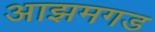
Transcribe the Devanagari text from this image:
आझमगड